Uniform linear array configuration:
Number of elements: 48
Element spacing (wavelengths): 1
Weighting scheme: blackman
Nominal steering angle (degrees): -60
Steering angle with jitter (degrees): -59.505
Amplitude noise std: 0.05
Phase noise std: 0.05

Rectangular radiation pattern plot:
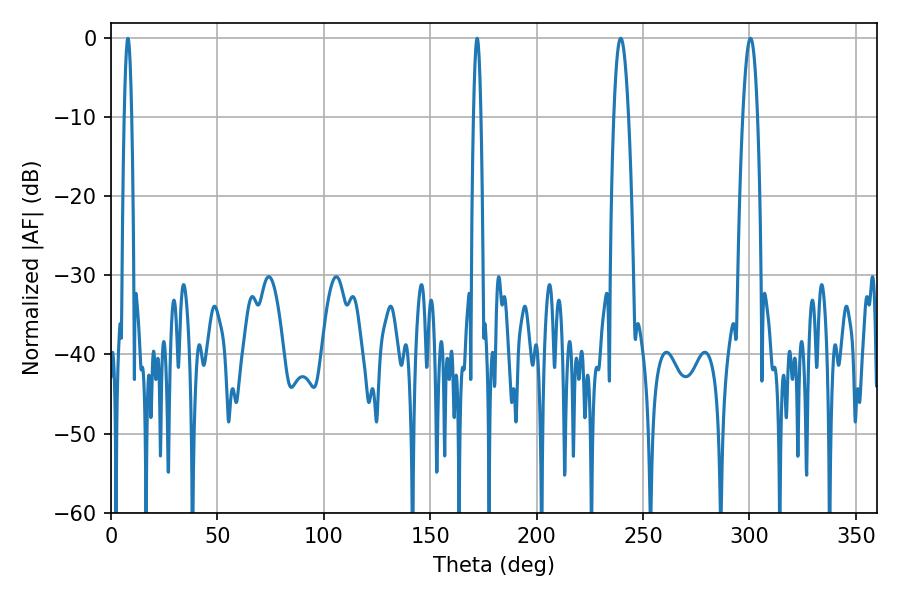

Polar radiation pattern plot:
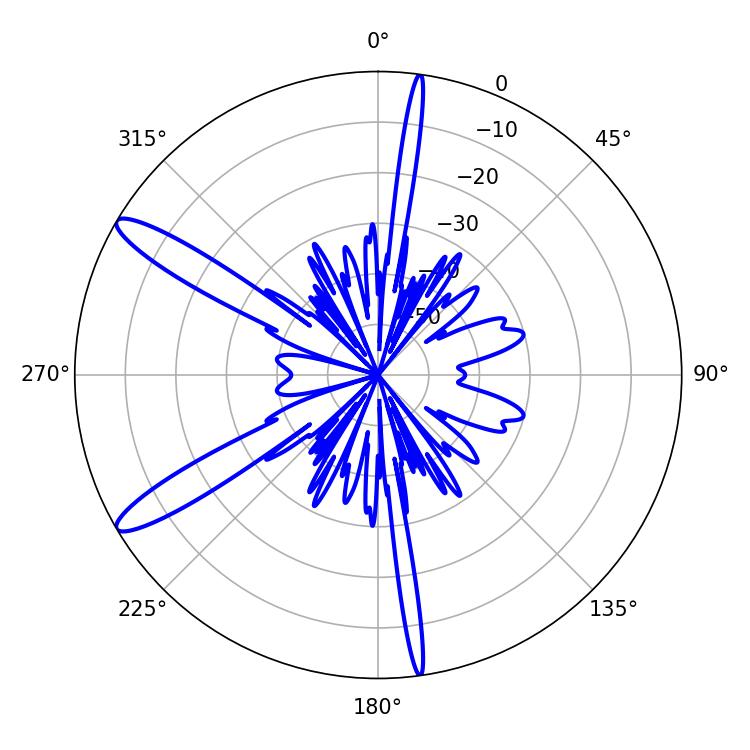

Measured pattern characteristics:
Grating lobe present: TRUE
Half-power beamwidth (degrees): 1.8
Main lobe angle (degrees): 7.92